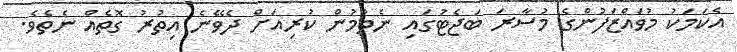
އެކަމަކު މުވައްޒަފުންގެ މުސާރަ ބަޖެޓުގައި ނެތުމުން ކުރިއަށް ދެވޭނެ އިތުރު ގޮތެއް ނެތެވެ.